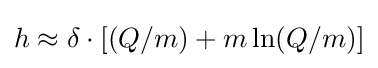
h\approx \delta \cdot [(Q/m)+m\ln(Q/m)]